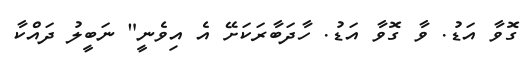
ގޮވާ އަޑު. ވާ ގޮވާ އަޑު. ހާދަބާރަކަށޭ އެ އިވެނީ" ނަބީލު ދައްކާ